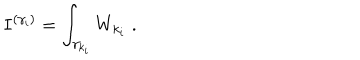
I ^ { ( \gamma _ { i } ) } = \int _ { { \gamma } _ { k _ { i } } } W _ { k _ { i } } \; .